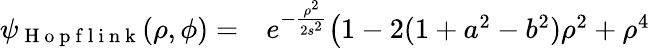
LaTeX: \begin{array}{rl}{\psi_{\mathrm{~H~o~p~f~l~i~n~k~}}(\rho,\phi)=}&{{}e^{-\frac{\rho^{2}}{2s^{2}}}\bigr(1-2(1+a^{2}-b^{2})\rho^{2}+\rho^{4}}\end{array}